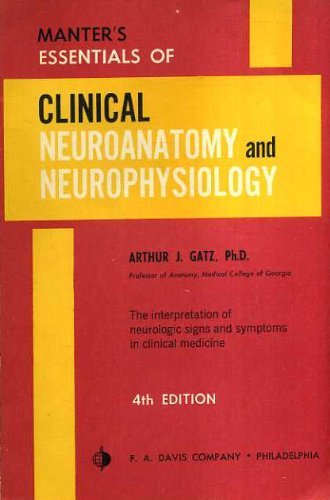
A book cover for Clinical Neuroanatomy and Neurophysiology; J T Manter; Medical Books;